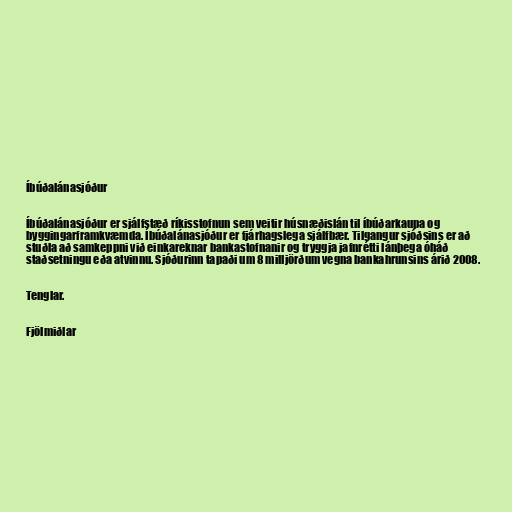
Íbúðalánasjóður

Íbúðalánasjóður er sjálfstæð ríkisstofnun sem veitir húsnæðislán til íbúðarkaupa og
byggingarframkvæmda. Íbúðalánasjóður er fjárhagslega sjálfbær. Tilgangur sjóðsins er að
stuðla að samkeppni við einkareknar bankastofnanir og tryggja jafnrétti lánþega óháð
staðsetningu eða atvinnu. Sjóðurinn tapaði um 8 milljörðum vegna bankahrunsins árið 2008.

Tenglar.

Fjölmiðlar